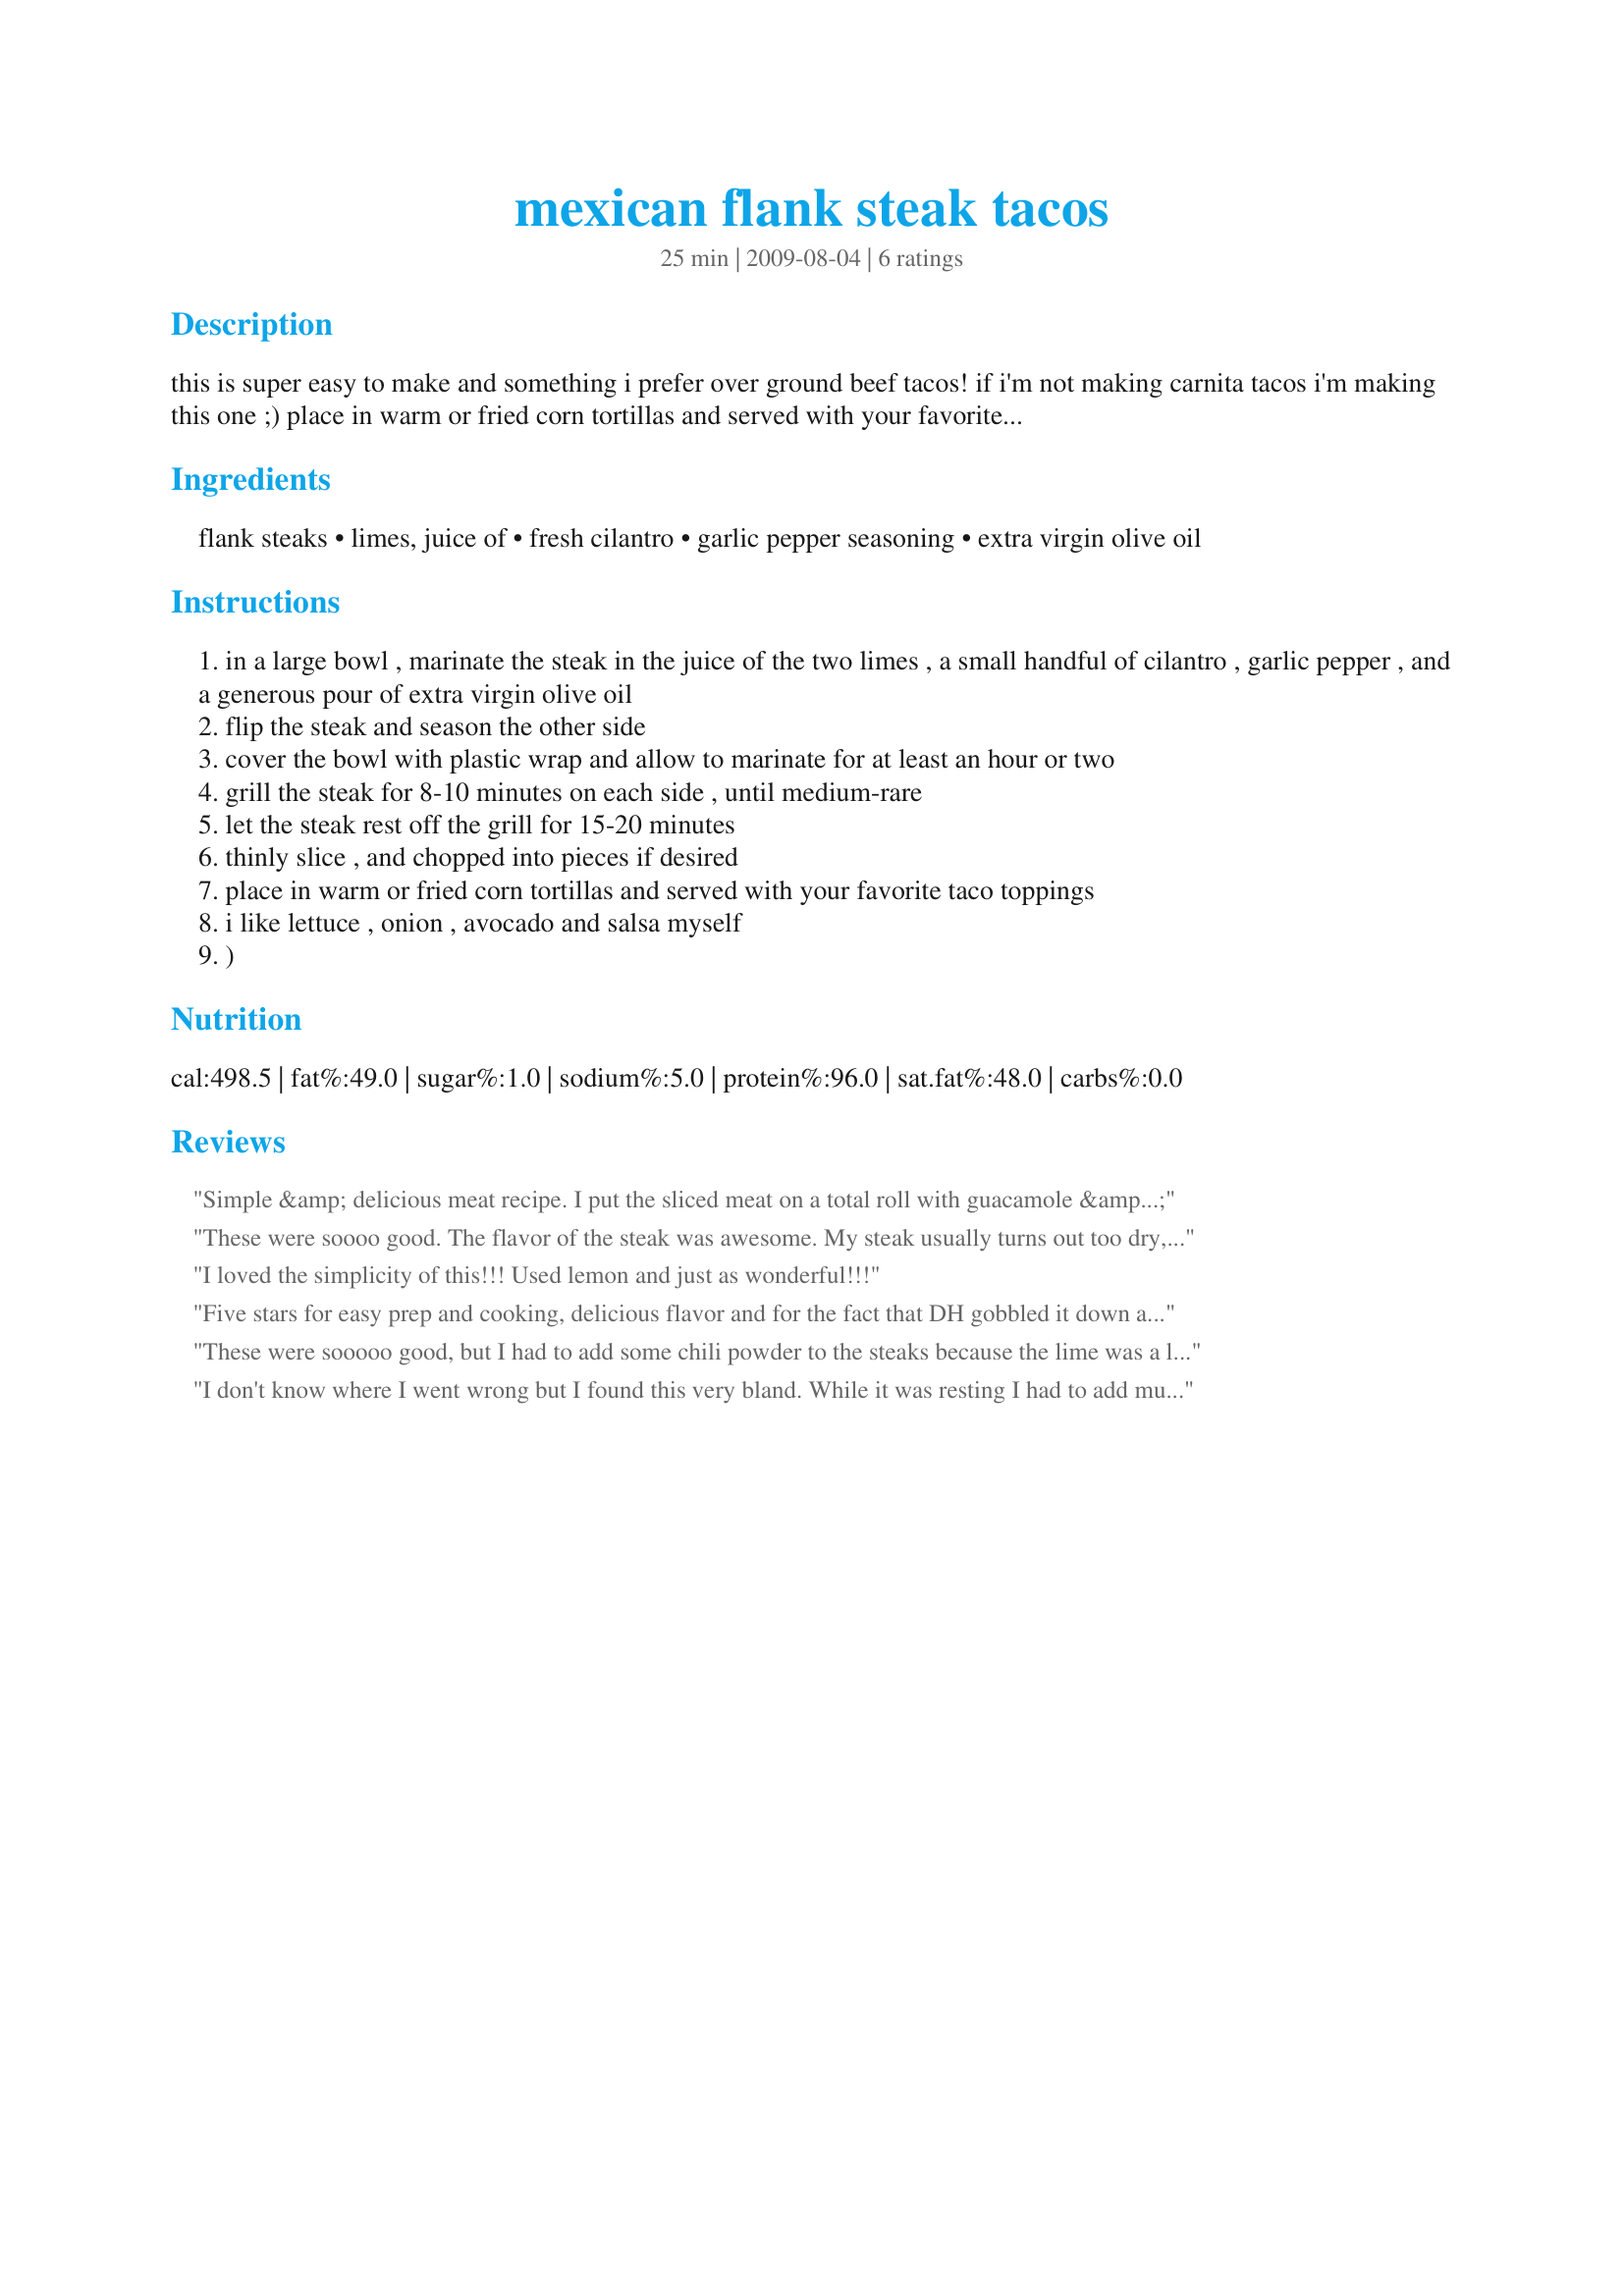
mexican flank steak tacos
Preparation time: 25 minutes

this is super easy to make and something i prefer over ground beef tacos! if i'm not making carnita tacos i'm making this one ;) place in warm or fried corn tortillas and served with your favorite taco toppings. i like lettuce, onion, avocado and salsa myself ;)

Ingredients:
flank steaks, limes, juice of, fresh cilantro, garlic pepper seasoning, extra virgin olive oil

Steps:
in a large bowl , marinate the steak in the juice of the two limes , a small handful of cilantro , garlic pepper , and a generous pour of extra virgin olive oil
flip the steak and season the other side
cover the bowl with plastic wrap and allow to marinate for at least an hour or two
grill the steak for 8-10 minutes on each side , until medium-rare
let the steak rest off the grill for 15-20 minutes
thinly slice , and chopped into pieces if desired
place in warm or fried corn tortillas and served with your favorite taco toppings
i like lettuce , onion , avocado and salsa myself
)

Reviews:
Simple &amp; delicious meat recipe. I put the sliced meat on a total roll with guacamole &amp; enjoyed every bite. Tomorrow I plan to have it on a salad. Thanks for sharing!
These were soooo good. The flavor of the steak was awesome. My steak usually turns out too dry, but these were not at all. My husband loved them. We will be making them again for sure.
I loved the simplicity of this!!! Used lemon and just as wonderful!!!
Five stars for easy prep and cooking, delicious flavor and for the fact that DH gobbled it down and announced we could have this again and again. Other than the fact that I totally forgot the cilantro I made as directed. Thanks for a great recipe!!! [Made for New Kids on the Block Tag]
These were sooooo good, but I had to add some chili powder to the steaks because the lime was a little overpowering for me. They turned out great.
I don't know where I went wrong but I found this very bland. While it was resting I had to add much more garlic, pepper and salt. I also added Chili powder as another user suggested. It wasn't bad but I don't think I would make it again.
